Vaccination in Bombay 1902-1912 - 1902-1912
Year: 1902
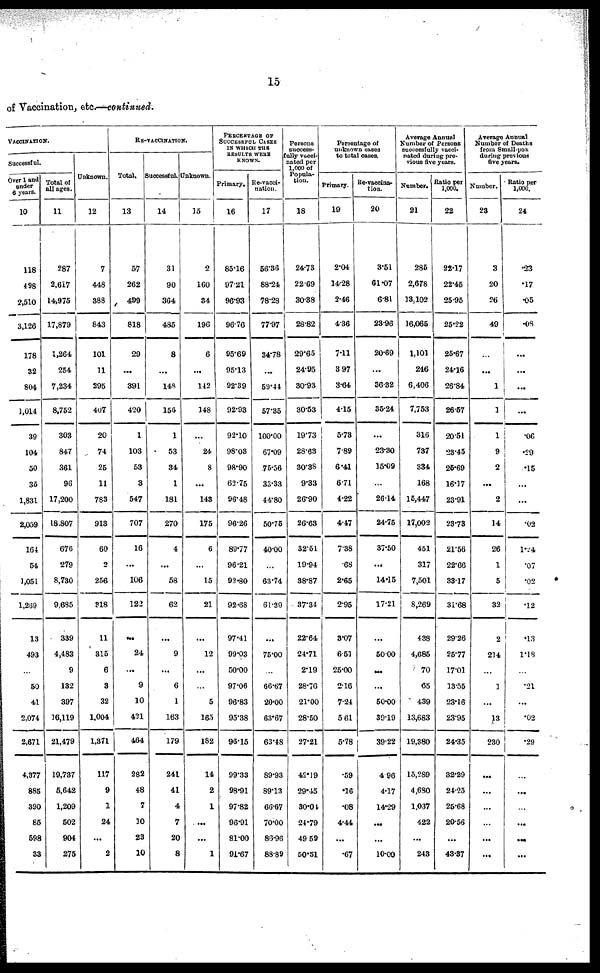
15
of Vaccination, etc.—continued.
VACCINATION.
Successful.
Over 1 and
under
6 years.
10
118
498
2,510
3,126
178
32
804
1,014
39
104
50
35
1,831
2,059
164
54
1,051
1,209
13
493
...
50
41
2,074
2,671
4,377
885
390
85
598
33
Total of
all ages.
11
287
2,617
14,975
17,879
1,264
254
7,234
8,752
303
847
361
96
17,200
18,807
676
279
8,730
9,685
339
4,483
9
132
397
16,119
21,479
19,737
5,642
1,209
502
904
275
Unknown.
12
7
448
388
843
101
11
295
407
20
74
25
11
783
913
60
2
256
318
11
315
6
3
32
1,004
1,371
117
9
1
24
...
2
RE-VACCINATION.
Total.
13
57
262
499
818
29
...
391
420
1
103
53
3
547
707
16
...
106
122
...
24
...
9
10
421
464
282
48
7
10
23
10
Successful.
14
31
90
364
485
8
...
148
156
1
53
34
1
181
270
4
...
58
62
...
9
...
6
1
163
179
241
41
4
7
20
8
Unknown.
15
2
160
34
196
6
...
142
148
...
24
8
...
143
175
6
...
15
21
...
12
...
...
5
165
182
14
2
1
...
...
1
PERCENTAGE OF
SUCCESSFUL CASES
IN WHICH THE
RESULTS WERE
KNOWN.
Primary.
16
85.16
97.21
96.93
96.76
95.69
95.13
92.39
92.93
92.10
98.03
98.90
62.75
96.48
96.26
89.77
96.21
92.80
92.68
97.41
99.03
50.00
97.06
96.83
95.38
96.15
99.33
98.91
97.82
96.91
81.00
91.67
Re-vacci-
nation.
17
56.36
88.24
78.28
77.97
34.78
...
59.44
57.35
100.00
67.09
75.56
33.33
44.80
50.75
40.00
...
63.74
61.39
...
75.00
...
66.67
20.00
63.67
63.48
89.93
89.13
66.67
70.00
86.96
88.89
Persons
success¬
fully vacci-
nated per
1,000 of
Popula-
tion.
18
24.73
22.69
30.38
28.82
29.65
24.95
30.93
30.53
19.73
28.63
30.38
9.33
26.90
26.63
32.51
19.94
38.87
37.34
22.64
24.71
2.19
28.76
21.00
28.50
27.21
42.19
29.45
30.04
24.79
49.59
50.51
Percentage of
unknown cases
to total cases.
Primary.
19
2.04
14.28
2.46
4.36
7.11
3.97
3.64
4.15
5.73
7.89
6.41
6.71
4.22
4.47
7.38
.68
2.65
2.95
3.07
6.51
25.00
2.16
7.24
5.61
5.78
.59
.16
.08
4.44
...
.67
Re-vaccina-
tion.
20
3.51
61.07
6.81
23.96
20.69
...
36.32
35.24
...
23.30
15.09
...
26.14
24.75
37.50
...
14.15
17.21
...
50.00
...
...
50.00
39.19
39.22
496
4.17
14.29
...
...
10.00
Average Annual
Number of Persons
successfully vacci-
nated during pre-
vious five years.
Number.
21
285
2,678
13,102
16,065
1,101
216
6,406
7,753
316
737
334
168
15,447
17,002
451
317
7,501
8,269
438
4,685
70
65
439
13,683
19,380
15,289
4,630
1,037
422
...
243
Ratio per
1,000.
22
22.17
22.45
25.95
25.22
26.67
24.16
26.84
26.57
20.51
23.45
25.69
16.17
23.91
23.73
21.56
22.66
33.17
31.68
29.26
25.77
17.01
13.55
23.16
23.95
24.35
32.29
24.25
25.68
20.56
...
43.87
Average Annual
Number of Deaths
from Small-pox
during previous
five years.
Number.
23
3
20
26
49
...
...
1
1
1
9
2
...
2
14
26
1
5
32
2
214
...
1
...
13
230
...
...
...
...
...
...
Ratio per
1,000.
24
.23
.17
.05
.08
...
...
...
...
.06
.29
.15
...
...
.02
1.24
.07
.02
.12
.13
1.18
...
.21
...
.02
.29
...
...
...
...
...
...